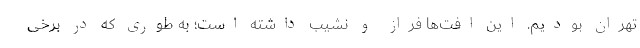
تهران بودیم. این افت‌ها فراز و نشیب داشته است؛ به طوری که در برخی